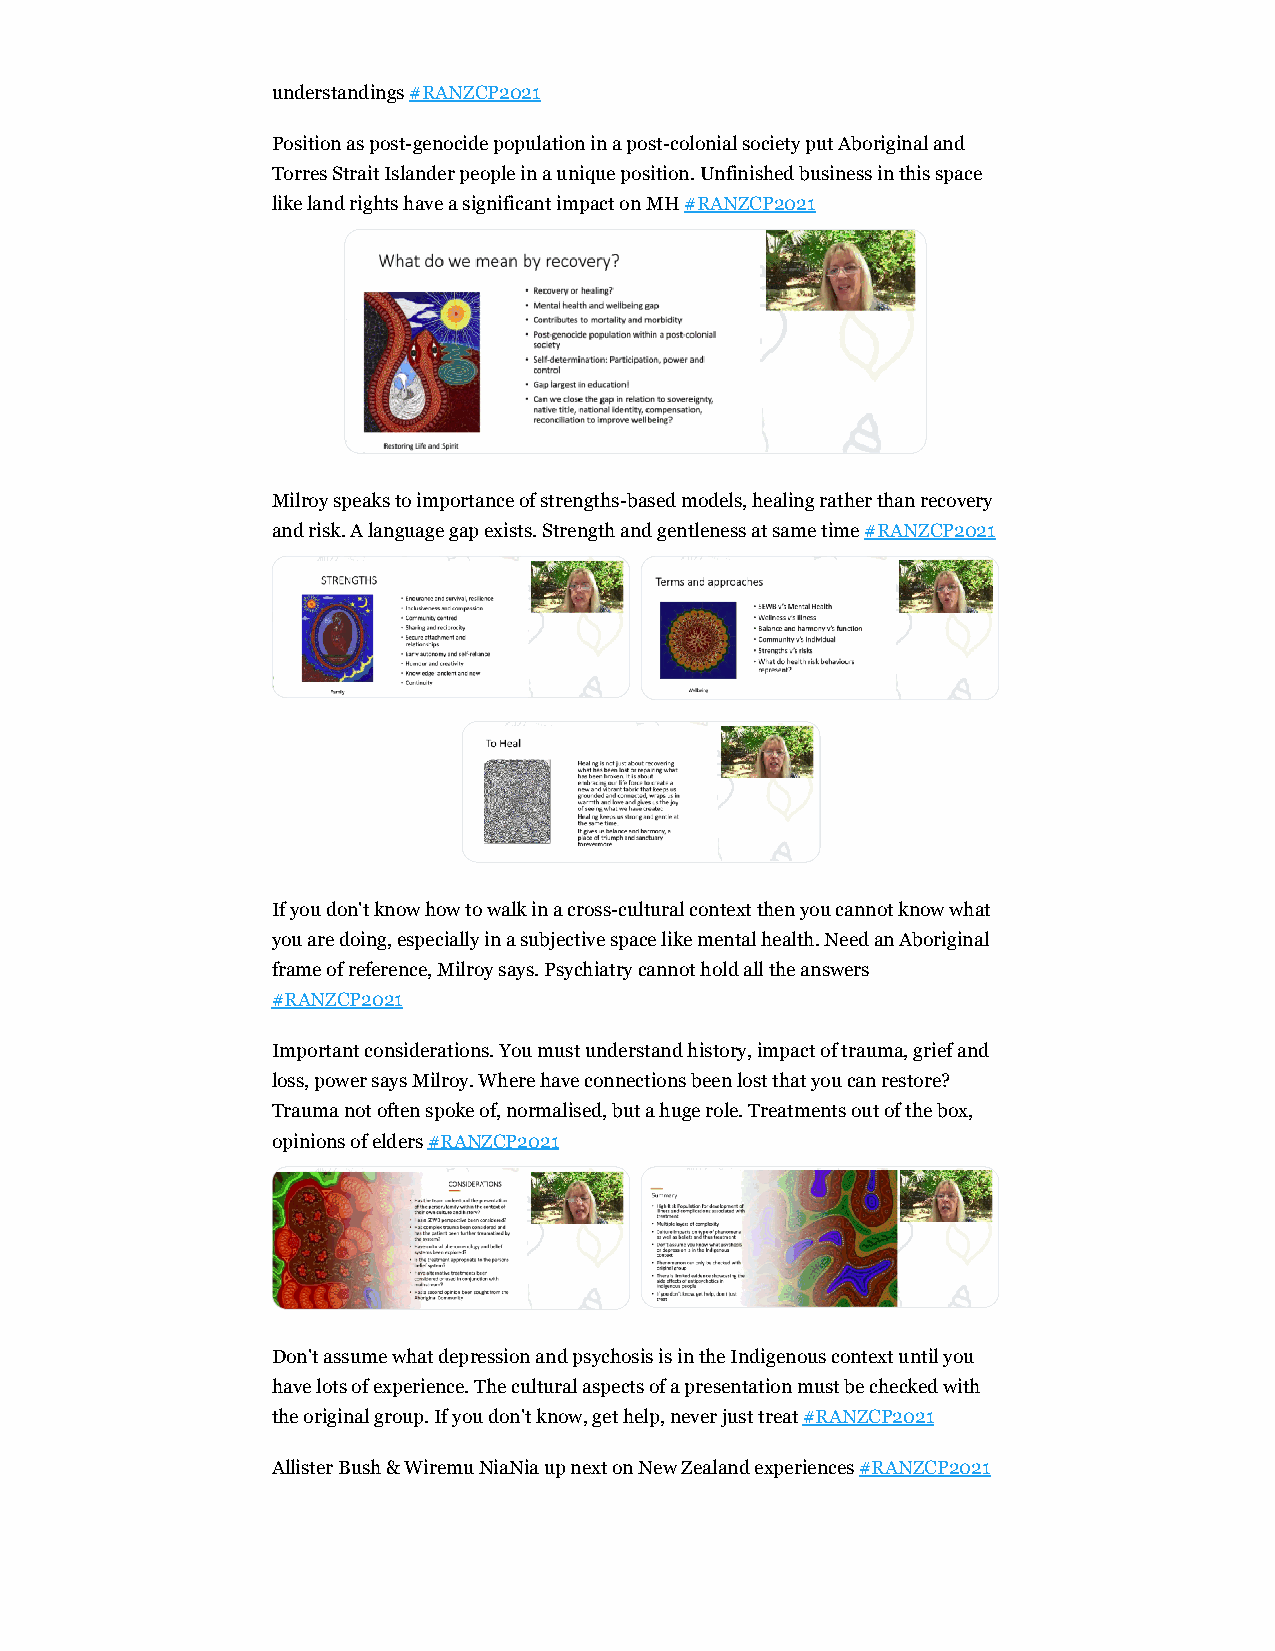
understandings #RANZCP2021
 Position as post-genocide population in a post-colonial society put Aboriginal and
 Torres Strait Islander people in a unique position. Unfinished business in this space
 like land rights have a significant impact on MH #RANZCP2021
 Milroy speaks to importance of strengths-based models, healing rather than recovery
 and risk. A language gap exists. Strength and gentleness at same time #RANZCP2021
 If you don't know how to walk in a cross-cultural context then you cannot know what
 you are doing, especially in a subjective space like mental health. Need an Aboriginal
 frame of reference, Milroy says. Psychiatry cannot hold all the answers
 #RANZCP2021
 Important considerations. You must understand history, impact of trauma, grief and
 loss, power says Milroy. Where have connections been lost that you can restore?
 Trauma not often spoke of, normalised, but a huge role. Treatments out of the box,
 opinions of elders #RANZCP2021
 Don't assume what depression and psychosis is in the Indigenous context until you
 have lots of experience. The cultural aspects of a presentation must be checked with
 the original group. If you don't know, get help, never just treat #RANZCP2021
 Allister Bush & Wiremu NiaNia up next on New Zealand experiences #RANZCP2021